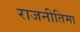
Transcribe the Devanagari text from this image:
राजनीतिमा